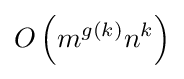
O\left(m^{g(k)}n^{k}\right)